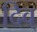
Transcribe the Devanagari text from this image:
दिव्‌